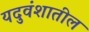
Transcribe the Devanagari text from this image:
यदुवंशातील